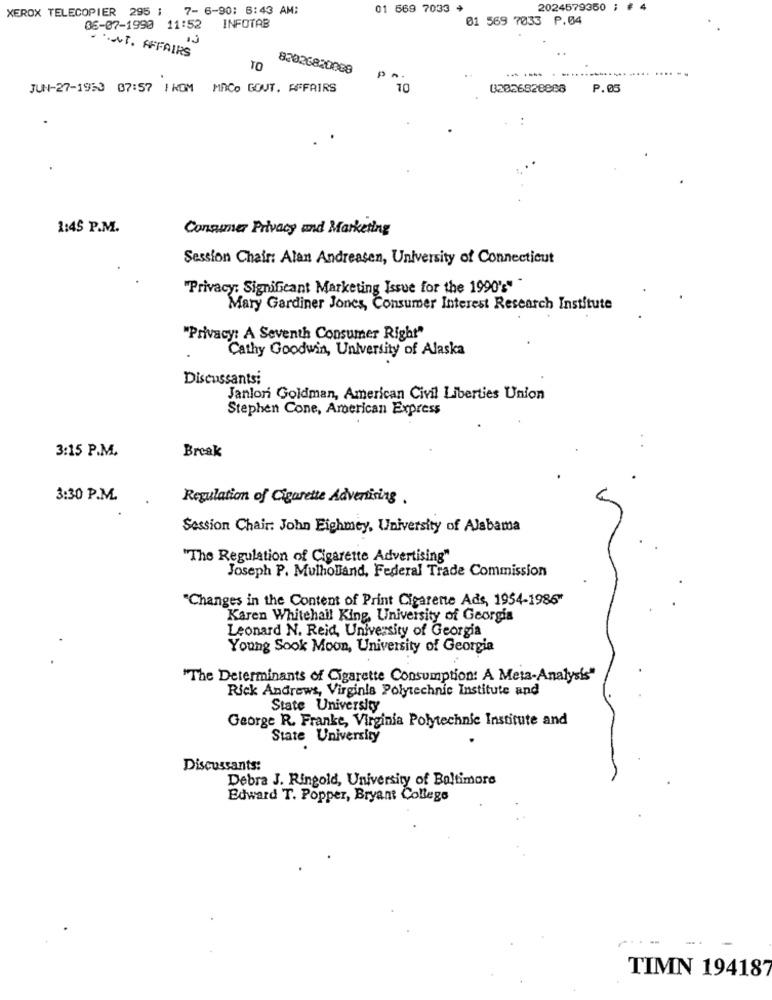
XEROX TELECOPIER 295 ; 7-6-90: 6:43 AM:
01 569 7033
2024579350 ; # 4
01 569 7033 P.04
06-07-1990 11:52
INFOTAB
T. AFFAIRS
TO
83026820088
JUN-27-1953 07:57 / KOM MACo GOUT. AFFAIRS
10
03026828888 P.05
1:45 P.M.
Consumer Privacy and Marketing
Session Chair: Alan Andreasen, University of Connecticut
"Privacy: Significant Marketing Issue for the 1990':" "
Mary Gardiner Jones, Consumer Interest Research Institute
"Privacy: A Seventh Consumer Right"
Cathy Goodwin, University of Alaska
Discussants;
Janlori Goldman, American Civil Liberties Union
Stephen Cone, American Express
3:15 P.M.
Break
3:30 P.M.
Regulation of Cigarette Advertising .
Session Chair: John Eighmey, University of Alabama
"The Regulation of Cigarette Advertising"
Joseph P. Mulholland, Federal Trade Commission
"Changes in the Content of Print Cigarette Ads, 1954-1986"
Karen Whitehall King, University of Georgia
Leonard N. Reid, University of Georgia
Young Sook Moon, University of Georgia
"The Determinants of Cigarette Consumption: A Meta-Analysis"
Rick Andrews, Virginia Polytechnic Institute and
State University
George R. Franke, Virginia Polytechnic Institute and
State University
Discussants:
Debra J. Ringold, University of Baltimore
Edward T. Popper, Bryant College
TIMN 19418'